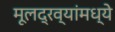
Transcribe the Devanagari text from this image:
मूलद्रव्यांमध्ये